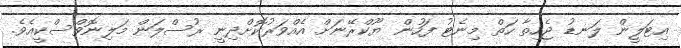
އިޓަލީން ލަނޑު ޖެހިތާ ހަތް މިނެޓު ފަހުން ޔޫކްރޭނަށް އެއްވަރުކޮށްދިނީ ރުސްލަން މަލިނޮވްސްކީއެވެ.